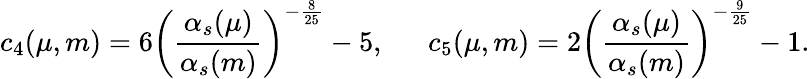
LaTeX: c_{4}(\mu,m)=6\left(\displaystyle\frac{\alpha_{s}(\mu)}{\alpha_{s}(m)}\right)^{-{\frac{8}{25}}}-5,~~~~~~c_{5}(\mu,m)=2\left(\displaystyle\frac{\alpha_{s}(\mu)}{\alpha_{s}(m)}\right)^{-{\frac{9}{25}}}-1.